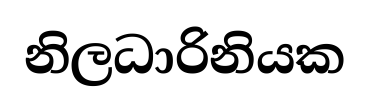
නිලධාරිනියක